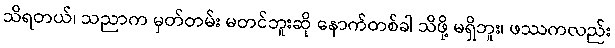
သိရတယ်၊ သညာက မှတ်တမ်း မတင်ဘူးဆို နောက်တစ်ခါ သိဖို့ မရှိဘူး၊ ဖဿကလည်း